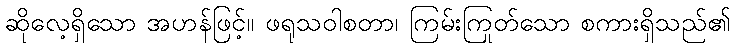
ဆိုလေ့ရှိသော အဟန်ဖြင့်။ ဖရုသဝါစတာ၊ ကြမ်းကြုတ်သော စကားရှိသည်၏